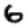
Digit: 6